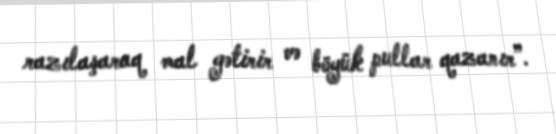
razılaşaraq mal gətirir və böyük pullar qazanır”.